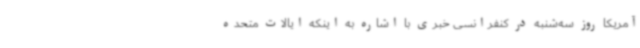
آمریکا روز سه‌شنبه در کنفرانسی خبری با اشاره به اینکه ایالات متحده